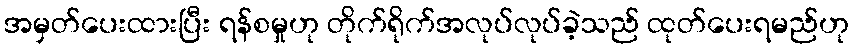
အမှတ်ပေးထားပြီး ရန်စမှုဟု တိုက်ရိုက်အလုပ်လုပ်ခဲ့သည် ထုတ်ပေးရမည်ဟု